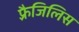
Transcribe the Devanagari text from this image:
फ़्रैजिलिस